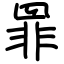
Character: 罪